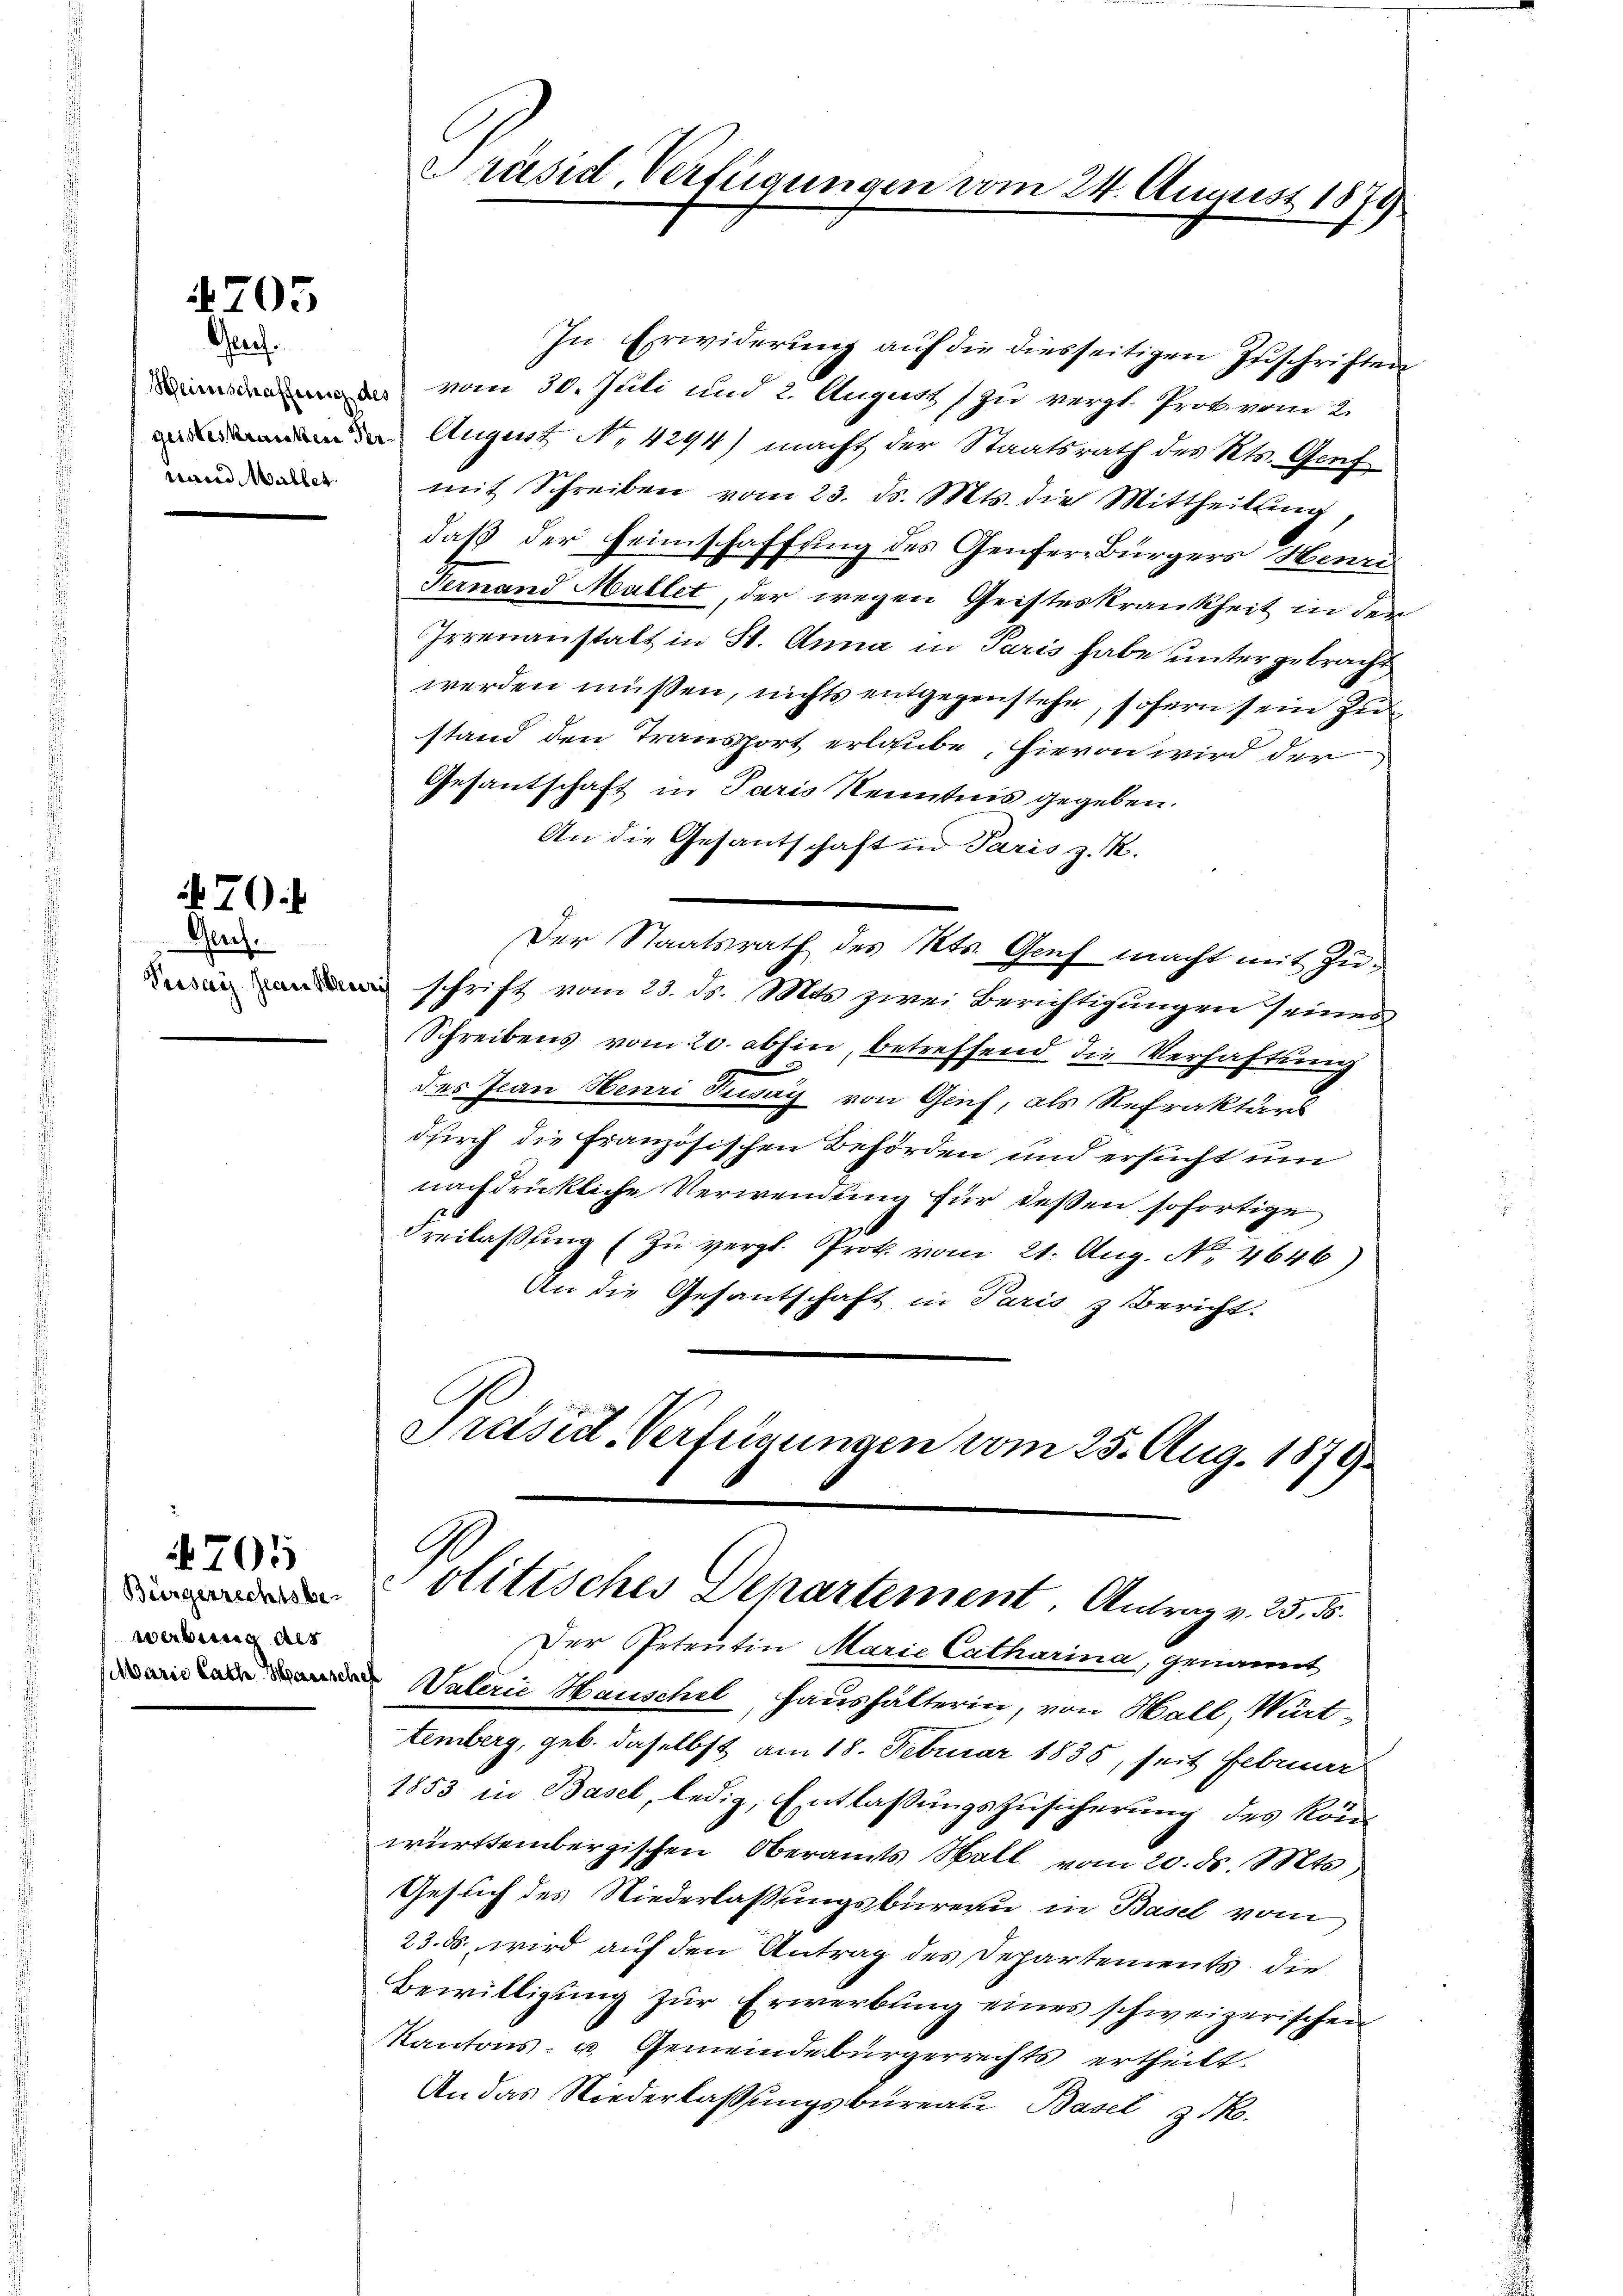
4705
Gruf

wann Waller.

7

Gech.

Büergerrechtsbe-
werbung des

4705

Präsid. Verfügungen vom 24. August 1873

In Erwiderung auf die diesseitigen Zuschriften
 vom 30. Juli und 2. August (zu verst Prot vom 2.
 August No 4294) macht der Staatsrath des Kts. Genf
mit Schreiben vom 23. ds. Mts. die Mittheilŭng
daß der Heimschaffung des Genfer-Bürgers Henri
Vernand Mallet, der wegen Geisteskrankheit in der
Irrenanstalt in St. Anna in Paris habe untergebracht
werden müssen, nichts entgegenstehe, sofern sein Zustand den Transport erlaube, hievon wird der
Gesantschaft in Paris Kenntnis gegeben.
An die Gesantschaft in Paris z. K.
Der Staatsrath des Kts. Genf macht mit Zuin schrift vom 23. ds. Mts. zwei Berichtigungen seines
Schreibens vom 20. abhin, betreffend die Verhaftung
des Jean Henri Tiway von Genf, als Refraktärs
durch die Französischen Behörden und ersucht um
nachdrückliche Verwendung für deßen sofortige
Freilassŭng zŭ vergl. Prot. vom 21. Aug. No. 4646)
An die Gesantschaft in Paris & Bericht.
Präsid. Verfügungen vom 25. Aug. 1879

Politisches Departement. Antrag v. 23. ds.
Der Petentin Marie Catharina, genannt
Vaterie Hauschel, haushälterin, von Wall, Wart-

temberg, geb. daselbst am 18. Februar 1835, seit Februar
1853 in Basel, ledig, Entlassungszusicherung des könwürttembergischen Oberamts Wall vom 20. ds. Mts
Gesuch des Niederlassungsbureau in Basel vom
23. ds wird auf den Antrag des Departements die
Bewilligung zur Erwerbung eines schweizerischen
Kantons- u. Gemeindebürgerrechts ertheilt.
An das Niederlassungsbureau, Basel 3 dk